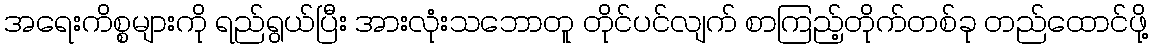
အရေးကိစ္စများကို ရည်ရွယ်ပြီး အားလုံးသဘောတူ တိုင်ပင်လျက် စာကြည့်တိုက်တစ်ခု တည်ထောင်ဖို့